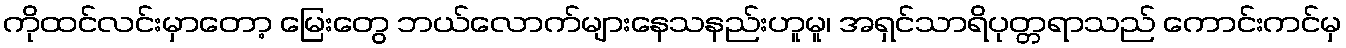
ကိုထင်လင်းမှာတော့ မြေးတွေ ဘယ်လောက်များနေသနည်းဟူမူ၊ အရှင်သာရိပုတ္တရာသည် ကောင်းကင်မှ